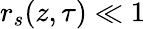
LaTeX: r_{s}(z,\tau)\ll 1